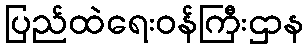
ပြည်ထဲရေးဝန်ကြီးဌာန